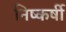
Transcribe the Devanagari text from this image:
निष्कर्षी